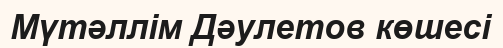
Мүтәллім Дәулетов көшесі